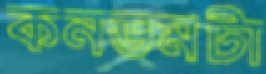
কনডমটা